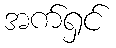
အက်ရှင်